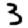
Digit: 3